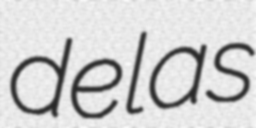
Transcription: de las